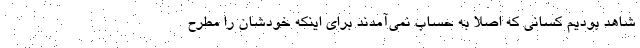
شاهد بودیم کسانی که اصلا به حساب نمی‌آمدند برای اینکه خودشان را مطرح